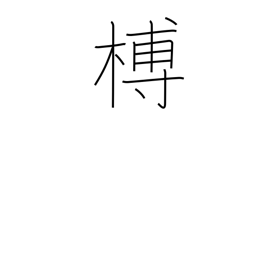
Meaning: unbarked lumber